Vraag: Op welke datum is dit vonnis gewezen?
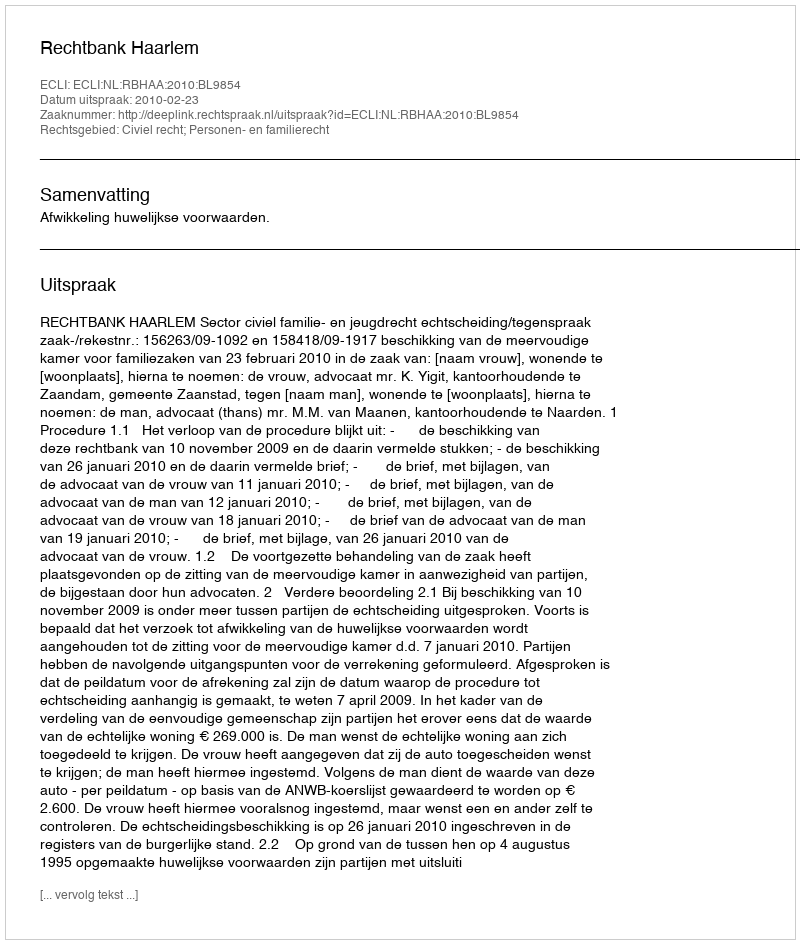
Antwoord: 2010-02-23